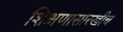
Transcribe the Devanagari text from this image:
शिक्षणासारखीच